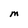
Character: M